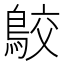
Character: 𪁉